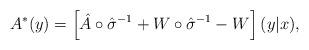
LaTeX: \begin{align*} A^* (y) = \left[ \hat{A} \circ \hat{\sigma}^{-1} + W \circ \hat{\sigma}^{-1} - W \right] (y|x),\end{align*}